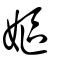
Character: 嫗